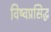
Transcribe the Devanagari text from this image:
विष्वप्रसिद्ध